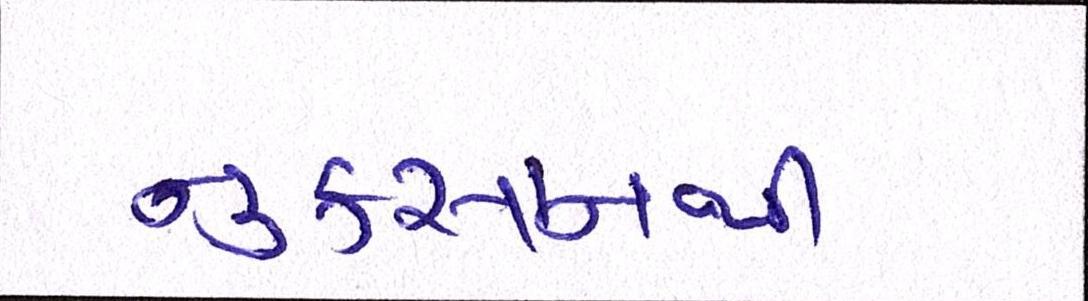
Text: નુકસાનથી